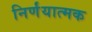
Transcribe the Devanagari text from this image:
निर्णंयात्मक